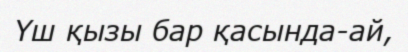
Үш қызы бар қасында-ай,